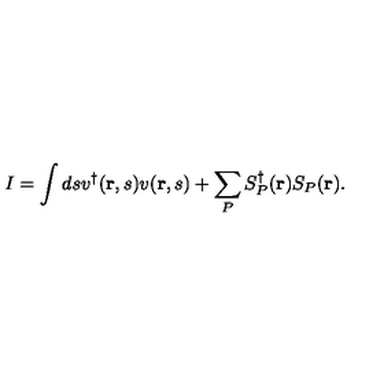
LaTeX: I = \int d s v ^ { \dagger } ( { \bf r } , s ) v ( { \bf r } , s ) + \sum _ { P } S _ { P } ^ { \dagger } ( { \bf r } ) S _ { P } ( { \bf r } ) .